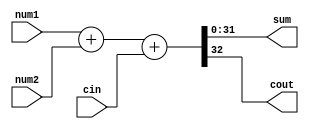
module bit32_adder( sum,  cout,num1, num2,  cin );
    input [31:0] num1, num2;
    input cin;
    output cout;
    output [31:0] sum;
    assign {cout,sum} = num1+num2+cin;

endmodule

// module tb;
//     reg [31:0] n1;
//     reg [31:0] n2;
//     reg cin;

//     wire sum, cout;

//     bit32_adder a(sum,cout,n1,n2,cin);

//     initial begin
//         n1 = 32'b0;
//         n2 = 32'd10;
//         cin = 1'b1;
//         #5 $display("%b",cout," %b",sum);
//     end